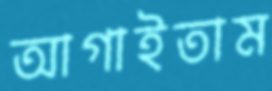
আগাইতাম